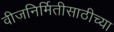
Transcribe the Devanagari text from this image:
वीजनिर्मितीसाठीच्या